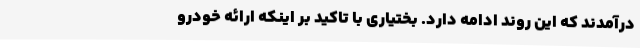
درآمدند که این روند ادامه دارد. بختیاری با تاکید بر اینکه ارائه خودرو